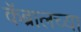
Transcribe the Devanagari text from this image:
कॅब्रालच्या